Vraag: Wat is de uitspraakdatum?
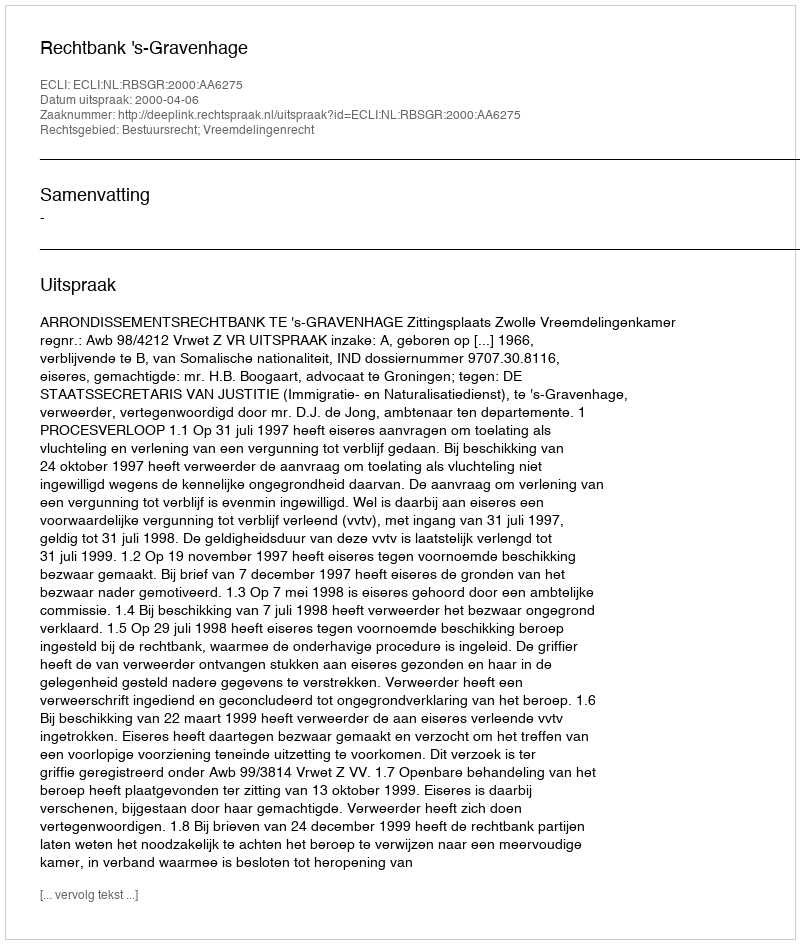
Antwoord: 2000-04-06